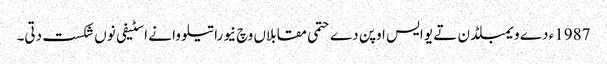
1987ء دے ویمبلڈن تے یو ایس اوپن دے حتمی مقابلاں وچ نیوراتیلووا نے اسٹیفی نو‏‏ں شکست دتی۔